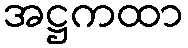
အဋ္ဌကထာ